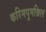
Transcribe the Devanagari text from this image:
करिमपुमन्निल